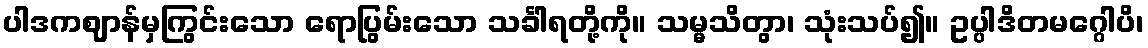
ပါဒကဈာန်မှကြွင်းသော ရောပြွမ်းသော သင်္ခါရတို့ကို။ သမ္မသိတွာ၊ သုံးသပ်၍။ ဥပ္ပါဒိတမဂ္ဂေါပိ၊